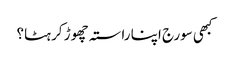
کبھی سورج اپنا راستہ چھوڑ کر ہٹا؟